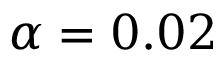
\alpha = 0 . 0 2